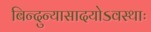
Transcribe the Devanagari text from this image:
बिन्दुन्यासादयोऽवस्थाः